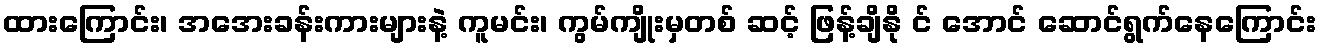
ထားကြောင်း၊ အအေးခန်းကားများနဲ့ ကူမင်း၊ ကွမ်ကျိုးမှတစ် ဆင့် ဖြန့်ချိနို င် အောင် ဆောင်ရွက်နေကြောင်း